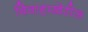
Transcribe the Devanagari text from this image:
विवाहाखेरीज